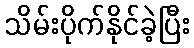
သိမ်းပိုက်နိုင်ခဲ့ပြီး